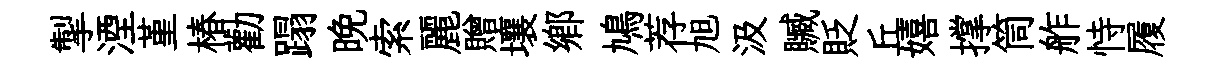
掣湮堇椿勸蹋晩索麗贈壤鄕鳩荐旭汲贓貶丘嬉撑筒舴恃履